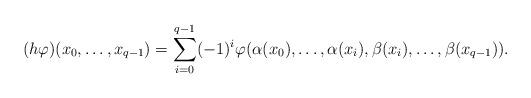
LaTeX: \begin{align*} (h\varphi)(x_0,\ldots,x_{q-1})=\sum_{i=0}^{q-1}(-1)^i\varphi(\alpha(x_0),\ldots,\alpha(x_i),\beta(x_i),\ldots,\beta(x_{q-1})). \end{align*}